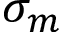
\sigma _ { m }